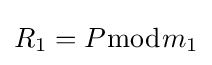
R_{1}=P{\bmod {m}}_{1}